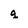
Character: q